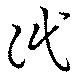
泯